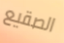
الصقيع